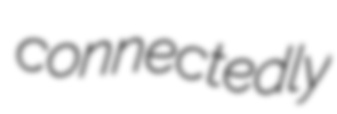
connectedly